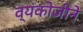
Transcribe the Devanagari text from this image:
व्यंकोजीने